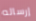
إرساله